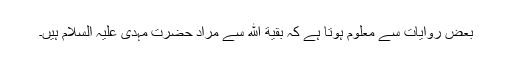
بعض روایات سے معلوم ہوتا ہے کہ بَقِيَّةُ اللّهِ سے مراد حضرت مہدی علیہ السلام ہیں۔